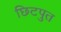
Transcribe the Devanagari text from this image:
छिटपुत